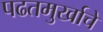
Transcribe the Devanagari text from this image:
पढतमुर्खाचे